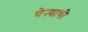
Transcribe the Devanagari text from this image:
घेऱ्याची